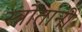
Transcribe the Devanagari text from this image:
स्त्रोतांनी